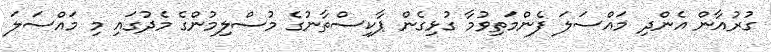
ގުރުއާން އެންދި މައްސަލަ ފެންމަތިވުމާ ގުޅިގެން ޕާކިސްތާނުގެ މުސްލިމުންގެ މެދުގައި މި މައްސަލަ